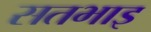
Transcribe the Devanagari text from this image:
सतभाइ